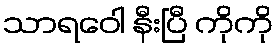
သာရဝေါ နီးပြီ ကိုကို